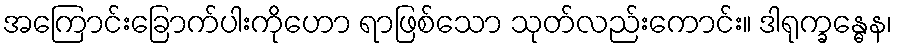
အကြောင်းခြောက်ပါးကိုဟော ရာဖြစ်သော သုတ်လည်းကောင်း။ ဒါရုက္ခန္ဓေန၊